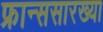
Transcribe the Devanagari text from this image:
फ्रान्ससारख्या